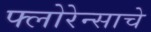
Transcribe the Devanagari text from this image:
फ्लोरेन्साचे